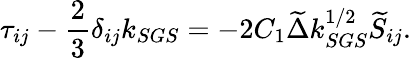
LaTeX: \tau_{ij}-\frac{2}{3}\delta_{ij}k_{SGS}=-2C_{1}\widetilde{\Delta}k_{SGS}^{1/2}\widetilde{S}_{ij}.